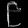
Digit: ၉